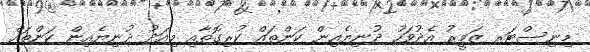
މިނިސްޓަރ ޒަމީރު އެދުވަހު ދުނިޔެއިން ކަންތައް ކުރިގޮތާއި މިއަދު ދުނިޔެއިން ކަންތައް